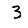
Digit: 3